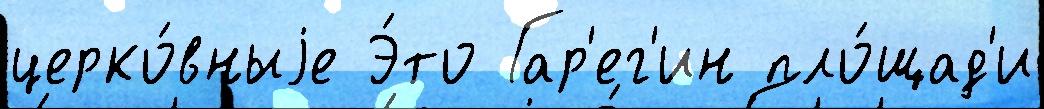
церко́вныjе Э́то Гар'ег'ин пло́щад'и